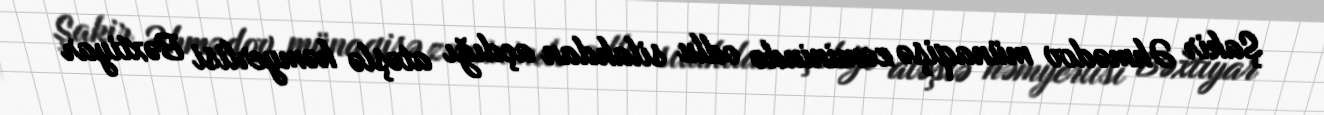
Şakir Əhmədov münaqişə zəminində odlu silahdan açdığı atəşlə həmyerlisi Bəxtiyar